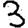
Digit: 3